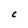
Character: C